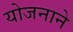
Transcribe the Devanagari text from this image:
योजनाने